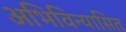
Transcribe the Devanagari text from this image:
अभिविन्यासित